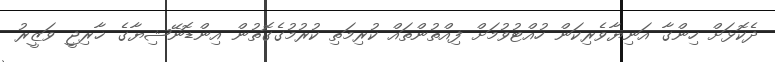
ދެކޮޅަށް ހިންގާ އަނިޔާވެރިކަން ހުއްޓުވުމަށް ފިއްތުންތައް ކުރިމަތި ކުރުމުގެގޮތުން އިންޑޮނޭޝިޔާގެ ޚާރިޖީ ވަޒީރު